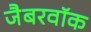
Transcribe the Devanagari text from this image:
जैबरवॉक